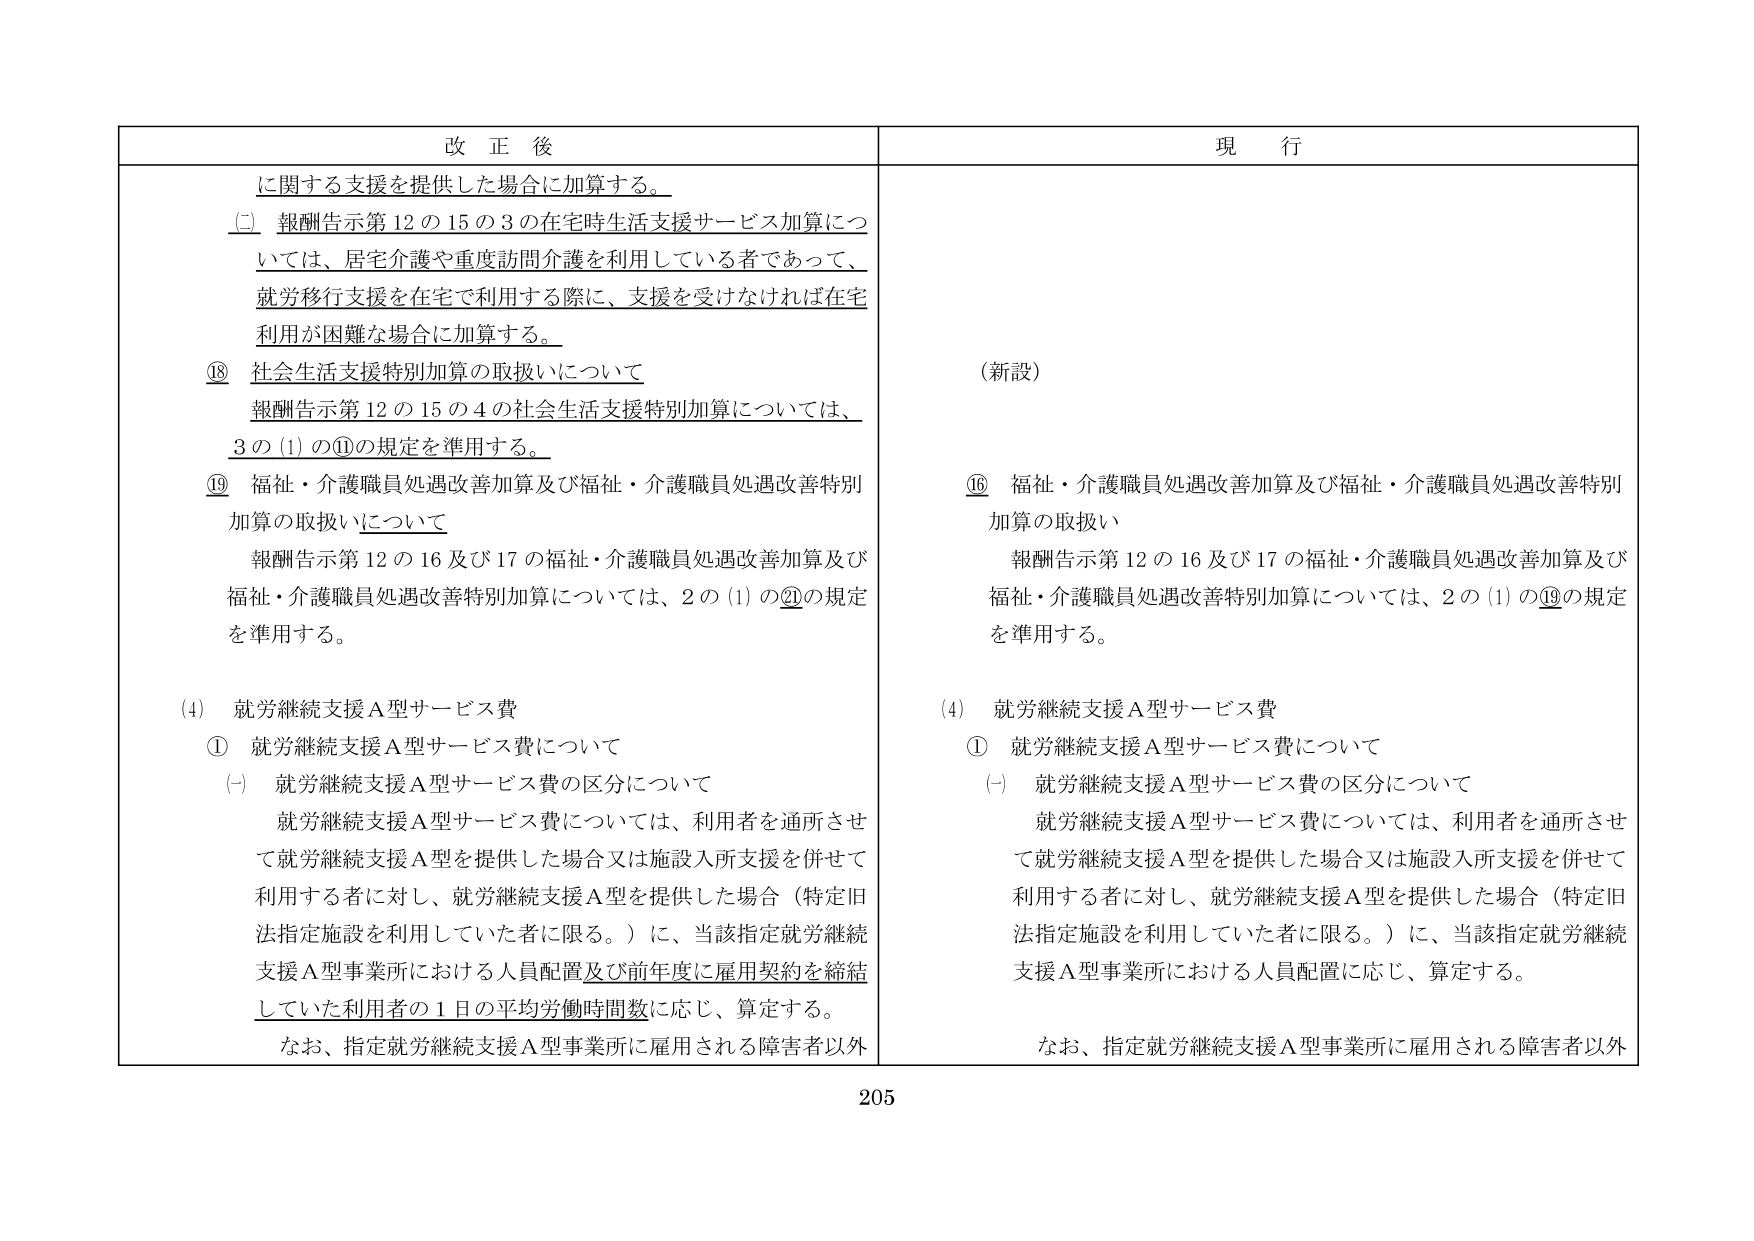
改正後
に関する支援を提供した場合に加算する。
(二) 報酬告示第12の15の3の在宅時生活支援サービス加算については、居宅介護や重度訪問介護を利用している者であって、就労移行支援を在宅で利用する際に、支援を受けなければ在宅利用が困難な場合に加算する。
⑱ 社会生活支援特別加算の取扱いについて
報酬告示第12の15の4の社会生活支援特別加算については、3の(1)の⑪の規定を準用する。
⑲ 福祉・介護職員処遇改善加算及び福祉・介護職員処遇改善特別加算の取扱いについて
報酬告示第12の16及び17の福祉・介護職員処遇改善加算及び福祉・介護職員処遇改善特別加算については、2の(1)の⑳の規定を準用する。
(4) 就労継続支援A型サービス費
① 就労継続支援A型サービス費について
(一) 就労継続支援A型サービス費の区分について
就労継続支援A型サービス費については、利用者を通所させて就労継続支援A型を提供した場合又は施設入所支援を併せて利用する者に対し、就労継続支援A型を提供した場合（特定旧法指定施設を利用していた者に限る。）に、当該指定就労継続支援A型事業所における人員配置及び前年度に雇用契約を締結していた利用者の1日の平均労働時間数に応じ、算定する。
なお、指定就労継続支援A型事業所に雇用される障害者以外

現行
(新設)
⑯ 福祉・介護職員処遇改善加算及び福祉・介護職員処遇改善特別加算の取扱い
報酬告示第12の16及び17の福祉・介護職員処遇改善加算及び福祉・介護職員処遇改善特別加算については、2の(1)の⑲の規定を準用する。
(4) 就労継続支援A型サービス費
① 就労継続支援A型サービス費について
(一) 就労継続支援A型サービス費の区分について
就労継続支援A型サービス費については、利用者を通所させて就労継続支援A型を提供した場合又は施設入所支援を併せて利用する者に対し、就労継続支援A型を提供した場合（特定旧法指定施設を利用していた者に限る。）に、当該指定就労継続支援A型事業所における人員配置に応じ、算定する。
なお、指定就労継続支援A型事業所に雇用される障害者以外

205